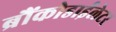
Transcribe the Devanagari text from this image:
ब्रौंकोडाईलेटर